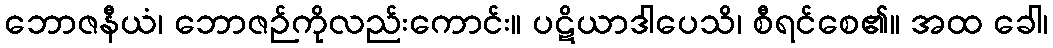
ဘောဇနီယံ၊ ဘောဇဉ်ကိုလည်းကောင်း။ ပဋိယာဒါပေသိ၊ စီရင်စေ၏။ အထ ခေါ၊